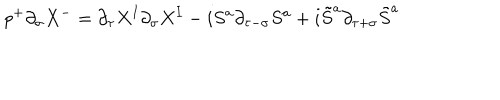
p ^ { + } \partial _ { \sigma } X ^ { - } = \partial _ { \tau } X ^ { I } \partial _ { \sigma } X ^ { I } - i S ^ { a } \partial _ { \tau - \sigma } S ^ { a } + i \tilde { S } ^ { a } \partial _ { \tau + \sigma } \tilde { S } ^ { a }